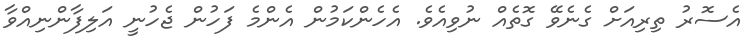
އެސޮރު ތިރިއަށް ގެނެވޭ ގޮތެއް ނުވިއެވެ. އެހެންކަމުން އެންމެ ފަހުން ޖެހުނީ އަލިފާންނިއްވާ